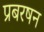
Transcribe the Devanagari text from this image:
प्रबरषन